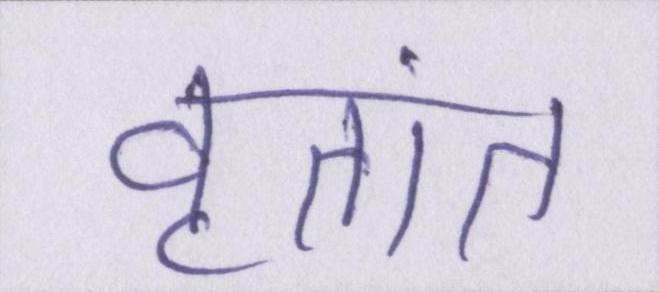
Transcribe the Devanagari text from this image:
वृतांत